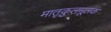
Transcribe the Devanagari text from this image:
मातृकुलमूलक